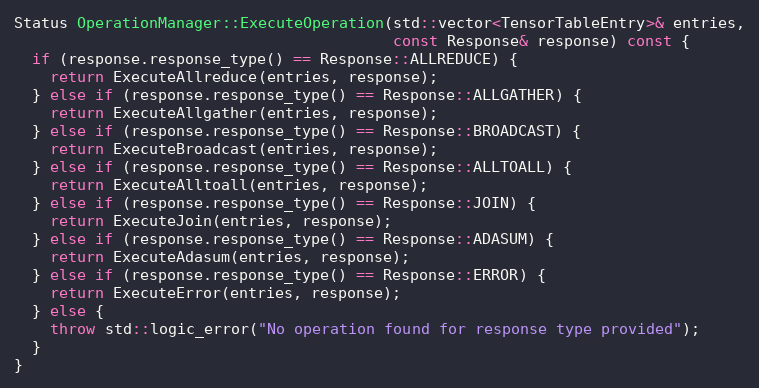
Language: C++
Status OperationManager::ExecuteOperation(std::vector<TensorTableEntry>& entries,
                                          const Response& response) const {
  if (response.response_type() == Response::ALLREDUCE) {
    return ExecuteAllreduce(entries, response);
  } else if (response.response_type() == Response::ALLGATHER) {
    return ExecuteAllgather(entries, response);
  } else if (response.response_type() == Response::BROADCAST) {
    return ExecuteBroadcast(entries, response);
  } else if (response.response_type() == Response::ALLTOALL) {
    return ExecuteAlltoall(entries, response);
  } else if (response.response_type() == Response::JOIN) {
    return ExecuteJoin(entries, response);
  } else if (response.response_type() == Response::ADASUM) {
    return ExecuteAdasum(entries, response);
  } else if (response.response_type() == Response::ERROR) {
    return ExecuteError(entries, response);
  } else {
    throw std::logic_error("No operation found for response type provided");
  }
}